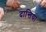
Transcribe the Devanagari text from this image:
दान्तिया